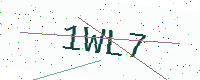
Text: 1WL7